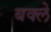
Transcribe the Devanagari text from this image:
बक्ले